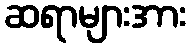
ဆရာများအား